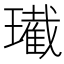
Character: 𤪚